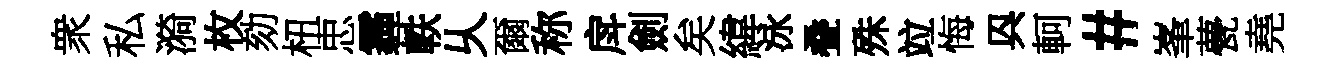
衆私漪枚劾杻忠霾軼乆爾称戽劍矣緯泳叠殊竝悔㒷軻#峯甍堯